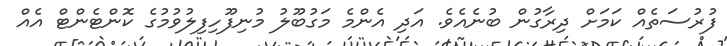
ފުރުސަތެއް ކަމަށް ދިރާގުން ބުނެއެވެ. އަދި އެންމެ މަގުބޫލު މުނިފޫހިފިލުވުމުގެ ކޮންޓެންޓް އެއް